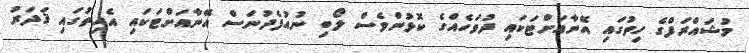
މުޝައްރަފްގެ ހިތުގައި އޭނާއަށްޓަކައި ދުވަހެއްގެ ކޮޅުންވެސް ލޯބި ނުއުފެދުނަސް އޭނާއަށްޓަކައި އެހިތުގައި ޤަދަރު